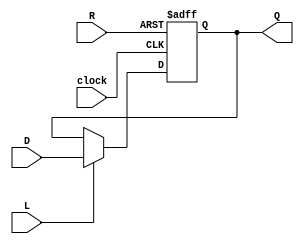
module RegisterNbit(Q, D, L, R, clock);
	parameter N = 8; //size parameter
	output reg [N-1:0]Q; // registered output
	input [N-1:0]D; // data input
	input L; // load enable
	input R; // positive logic asynchronous reset
	input clock;
	

always @(posedge clock or posedge R) begin
	if(R)
		Q <= {N{1'b0}};
	else if(L)
		Q <= D;
	else
		Q <= Q;
end
endmodule